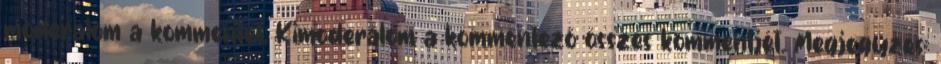
moderálom a kommentet. Kimoderálom a kommentező összes kommentjét. Megjegyzés: